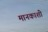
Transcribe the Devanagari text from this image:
मानकाशी